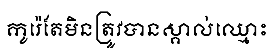
កូរ៉េតែមិនត្រូវបានស្គាល់ឈ្មោះ